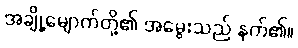
အချို့မျောက်တို့၏ အမွေးသည် နက်၏။